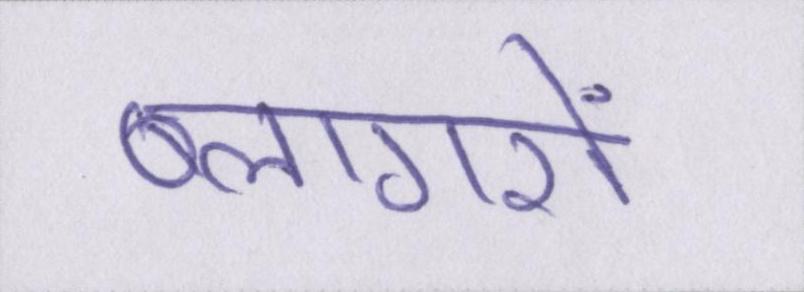
ब्लागरों